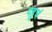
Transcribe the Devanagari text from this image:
पहुचं